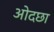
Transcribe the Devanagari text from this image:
ओदछा